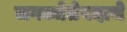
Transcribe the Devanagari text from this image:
जगज्जेतेपदाचे